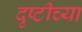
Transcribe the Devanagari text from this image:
दृष्टीच्या